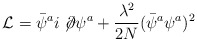
\begin{align*}{\cal L}=\bar{\psi}^{a}i\not\!\partial\psi^{a}+{\lambda^{2}\over 2N}(\bar{\psi}^{a}\psi^{a})^{2}\end{align*}